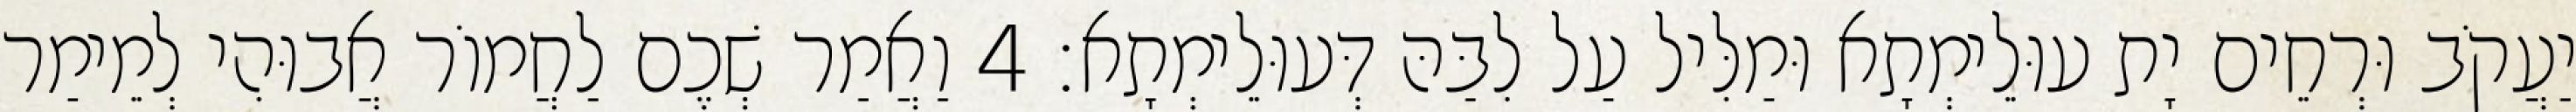
יַעֲקֹב וּרְחֵים יָת עוּלֵימְתָא וּמַלִּיל עַל לִבַּהּ דְּעוּלֵימְתָא׃ 4 וַאֲמַר שְׁכֶם לַחֲמוֹר אֲבוּהִי לְמֵימַר